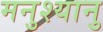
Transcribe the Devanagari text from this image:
मनुश्‍यानु